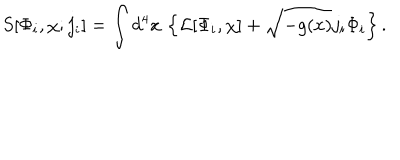
LaTeX: S [ \Phi _ { i } , \chi ; j _ { i } ] = \int d ^ { 4 } x \, \left\{ { \cal L } [ \Phi _ { i } , \chi ] + \sqrt { - g ( x ) } j _ { i } \Phi _ { i } \right\} .